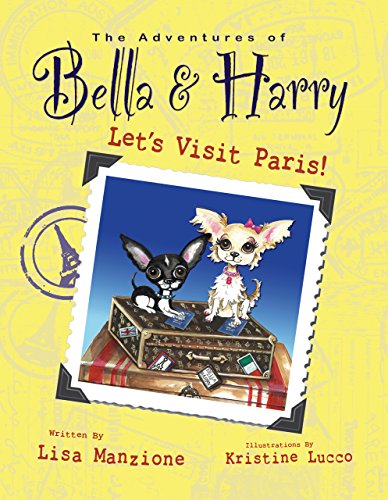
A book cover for Let's Visit Paris!: Adventures of Bella & Harry; Lisa Manzione; Children's Books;